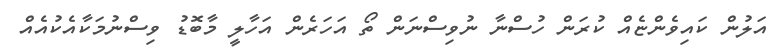
އަލުން ކައިވެންޏެއް ކުރަން ހުސްނާ ނުވިސްނަން ތޯ އަހަރެން އަހާލީ މާބޮޑު ވިސްނުމަކާއެކުއެއް